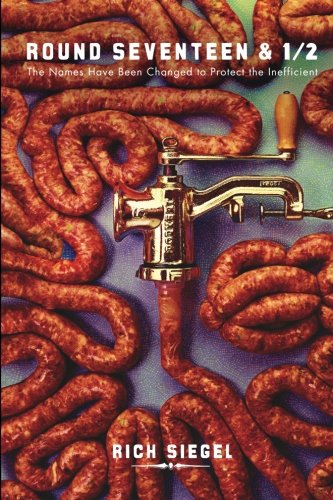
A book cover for Round Seventeen & 1/2: The Names Have Been Changed to Protect the Inefficient; Rich Siegel; Science & Math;